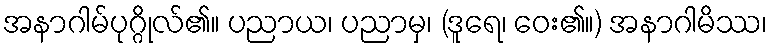
အနာဂါမ်ပုဂ္ဂိုလ်၏။ ပညာယ၊ ပညာမှ၊ (ဒူရေ၊ ဝေး၏။) အနာဂါမိဿ၊